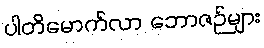
ပါတိမောက်လာ ဘောဇဉ်များ